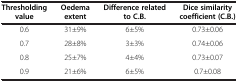
<table><thead><tr><td><b>Thresholding value</b></td><td><b>Oedema extent</b></td><td><b>Difference related to C.B.</b></td><td><b>Dice similarity coefficient (C.B.)</b></td></tr></thead><tbody><tr><td>0.6</td><td>31±9%</td><td>6±5%</td><td>0.73±0.06</td></tr><tr><td>0.7</td><td>28±8%</td><td>3±3%</td><td>0.74±0.06</td></tr><tr><td>0.8</td><td>25±7%</td><td>4±4%</td><td>0.73±0.07</td></tr><tr><td>0.9</td><td>21±6%</td><td>6±5%</td><td>0.7±0.08</td></tr></tbody></table>